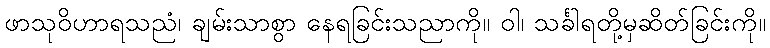
ဖာသုဝိဟာရသညံ၊ ချမ်းသာစွာ နေရခြင်းသညာကို။ ဝါ၊ သင်္ခါရတို့မှဆိတ်ခြင်းကို။